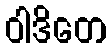
ဝါဒိတေ